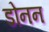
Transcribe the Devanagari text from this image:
डोनन